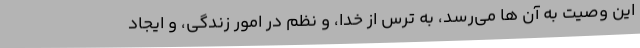
این وصیّت به آن ها مى‌رسد، به ترس از خدا، و نظم در امور زندگى، و ایجاد